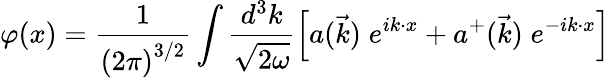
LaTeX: \varphi(x)=\frac{1}{\left(2\pi\right)^{3/2}}\int\frac{d^{3}k}{\sqrt{2\omega}}\left[a(\vec{k})\; e^{ik\cdot x}+a^{+}(\vec{k})\; e^{-ik\cdot x}\right]